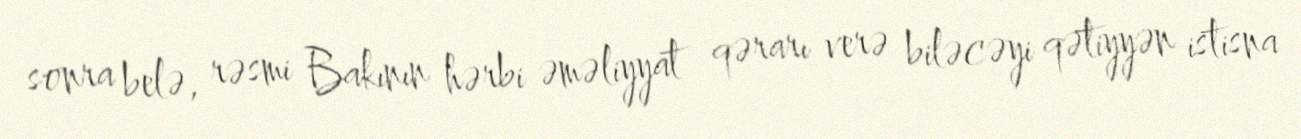
sonra belə, rəsmi Bakının hərbi əməliyyat qərarı verə biləcəyi qətiyyən istisna